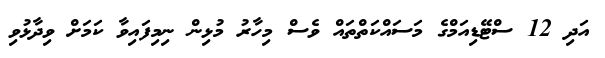
އަދި 12 ސްޓޭޑިއަމްގެ މަސައްކަތްތައް ވެސް މިހާރު މުޅިން ނިމިފައިވާ ކަމަށް ވިދާޅުވި